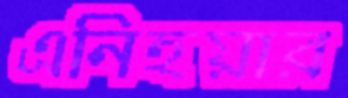
এনিহয়ার